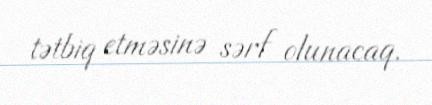
tətbiq etməsinə sərf olunacaq.